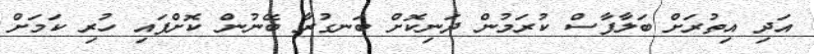
އަދި އިތުރަށް ބަލާފާސް ކުރަމުން ދަނިކޮށް ބަނގުރާ ބޭނުން ކޮށްފައި ހުރި ކަމަށް